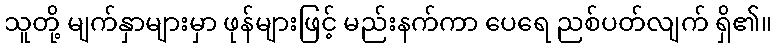
သူတို့ မျက်နှာများမှာ ဖုန်များဖြင့် မည်းနက်ကာ ပေရေ ညစ်ပတ်လျက် ရှိ၏။